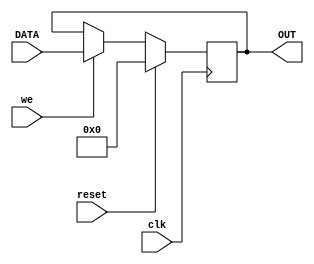
module Register_rsten_neg #(
     parameter WIDTH=8)
    (
	  input  clk, reset,we,
	  input	[WIDTH-1:0] DATA,
	  output reg [WIDTH-1:0] OUT
    );
initial begin
	OUT<=0;
end	 
always@(negedge clk) begin
	if (reset == 1'b1)
		OUT<={WIDTH{1'b0}};
	else if(we==1'b1)	
		OUT<=DATA;
end
	 
endmodule